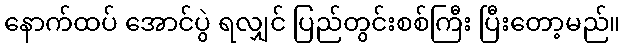
နောက်ထပ် အောင်ပွဲ ရလျှင် ပြည်တွင်းစစ်ကြီး ပြီးတော့မည်။